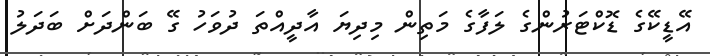
އޭޑީކޭގެ ޑޮކްޓަރުންގެ ލަފާގެ މަތިން މިދިޔަ އާދީއްތަ ދުވަހު ގޭ ބަންދަށް ބަދަލު